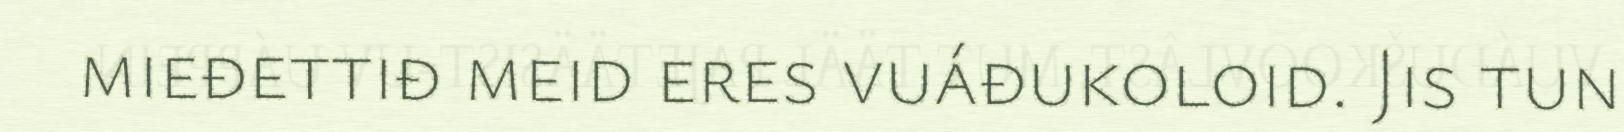
mieđettiđ meid eres vuáđukoloid. Jis tun